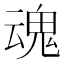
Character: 魂